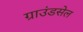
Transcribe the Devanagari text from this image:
ग्राउंडसेल